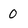
Character: O